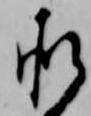
承